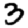
Digit: 3